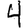
Digit: 4